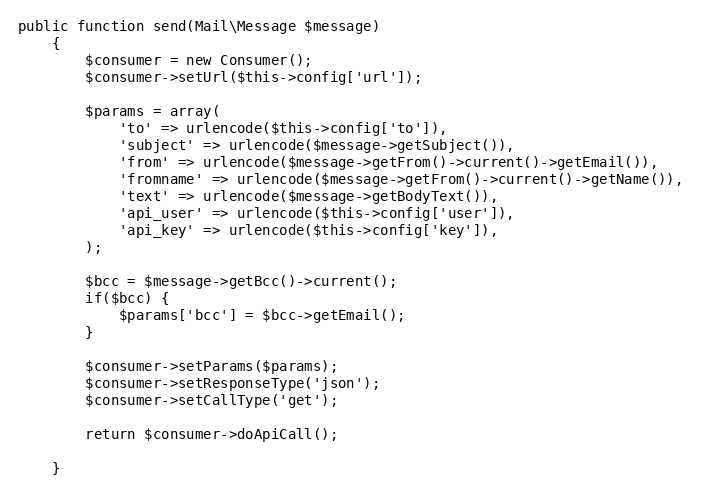
Language: PHP
public function send(Mail\Message $message)
    {
        $consumer = new Consumer();
        $consumer->setUrl($this->config['url']);

        $params = array(
            'to' => urlencode($this->config['to']),
            'subject' => urlencode($message->getSubject()),
            'from' => urlencode($message->getFrom()->current()->getEmail()),
            'fromname' => urlencode($message->getFrom()->current()->getName()),
            'text' => urlencode($message->getBodyText()),
            'api_user' => urlencode($this->config['user']),
            'api_key' => urlencode($this->config['key']),
        );

        $bcc = $message->getBcc()->current();
        if($bcc) {
            $params['bcc'] = $bcc->getEmail();
        }

        $consumer->setParams($params);
        $consumer->setResponseType('json');
        $consumer->setCallType('get');

        return $consumer->doApiCall();

    }